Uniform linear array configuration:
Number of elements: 8
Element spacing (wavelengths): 1
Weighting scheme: hamming
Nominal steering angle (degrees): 45
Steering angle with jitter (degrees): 44.765
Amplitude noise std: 0.05
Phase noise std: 0.05

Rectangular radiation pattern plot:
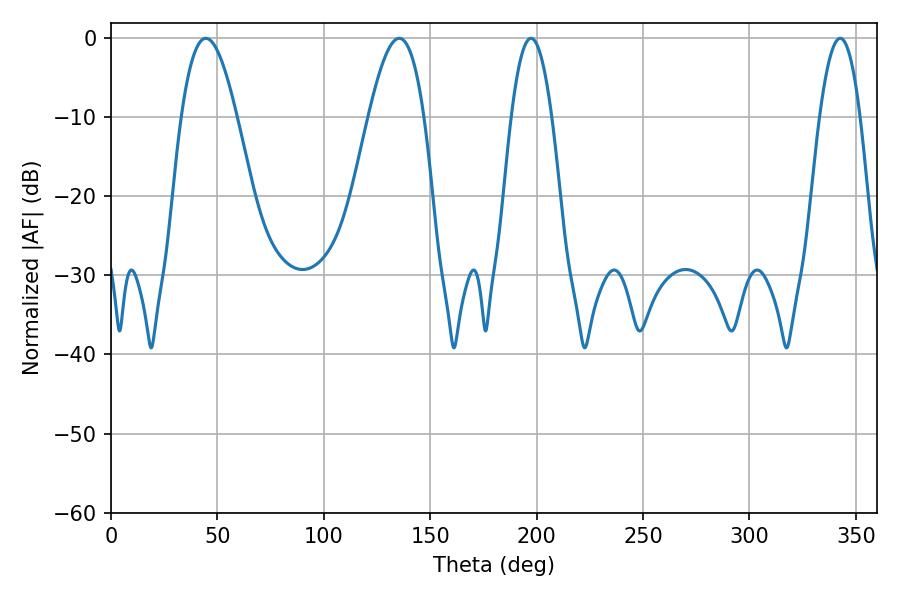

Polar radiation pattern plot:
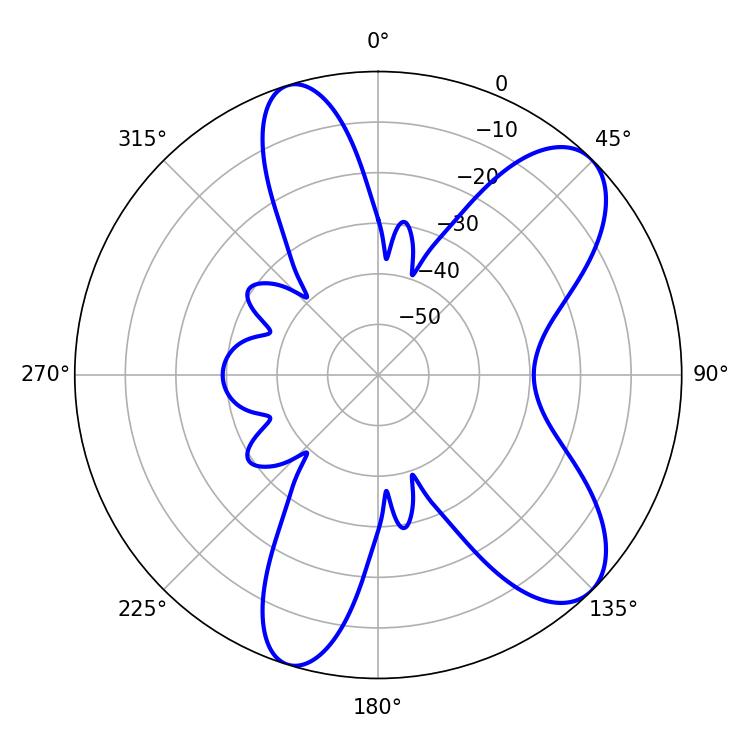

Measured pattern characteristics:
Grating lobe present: TRUE
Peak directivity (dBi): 8.794
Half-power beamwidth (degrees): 14.04
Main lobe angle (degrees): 44.64